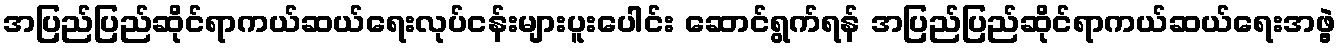
အပြည်ပြည်ဆိုင်ရာကယ်ဆယ်ရေးလုပ်ငန်းများပူးပေါင်း ဆောင်ရွက်ရန် အပြည်ပြည်ဆိုင်ရာကယ်ဆယ်ရေးအဖွဲ့